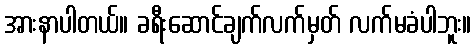
အားနာပါတယ်။ ခရီးဆောင်ချက်လက်မှတ် လက်မခံပါဘူး။